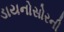
ડાયનોસોરની